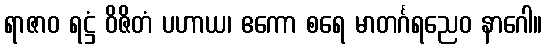
ရာဇာဝ ရဋ္ဌံ ဝိဇိတံ ပဟာယ၊ ဧကော စရေ မာတင်္ဂရညေဝ နာဂေါ။